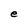
Character: e